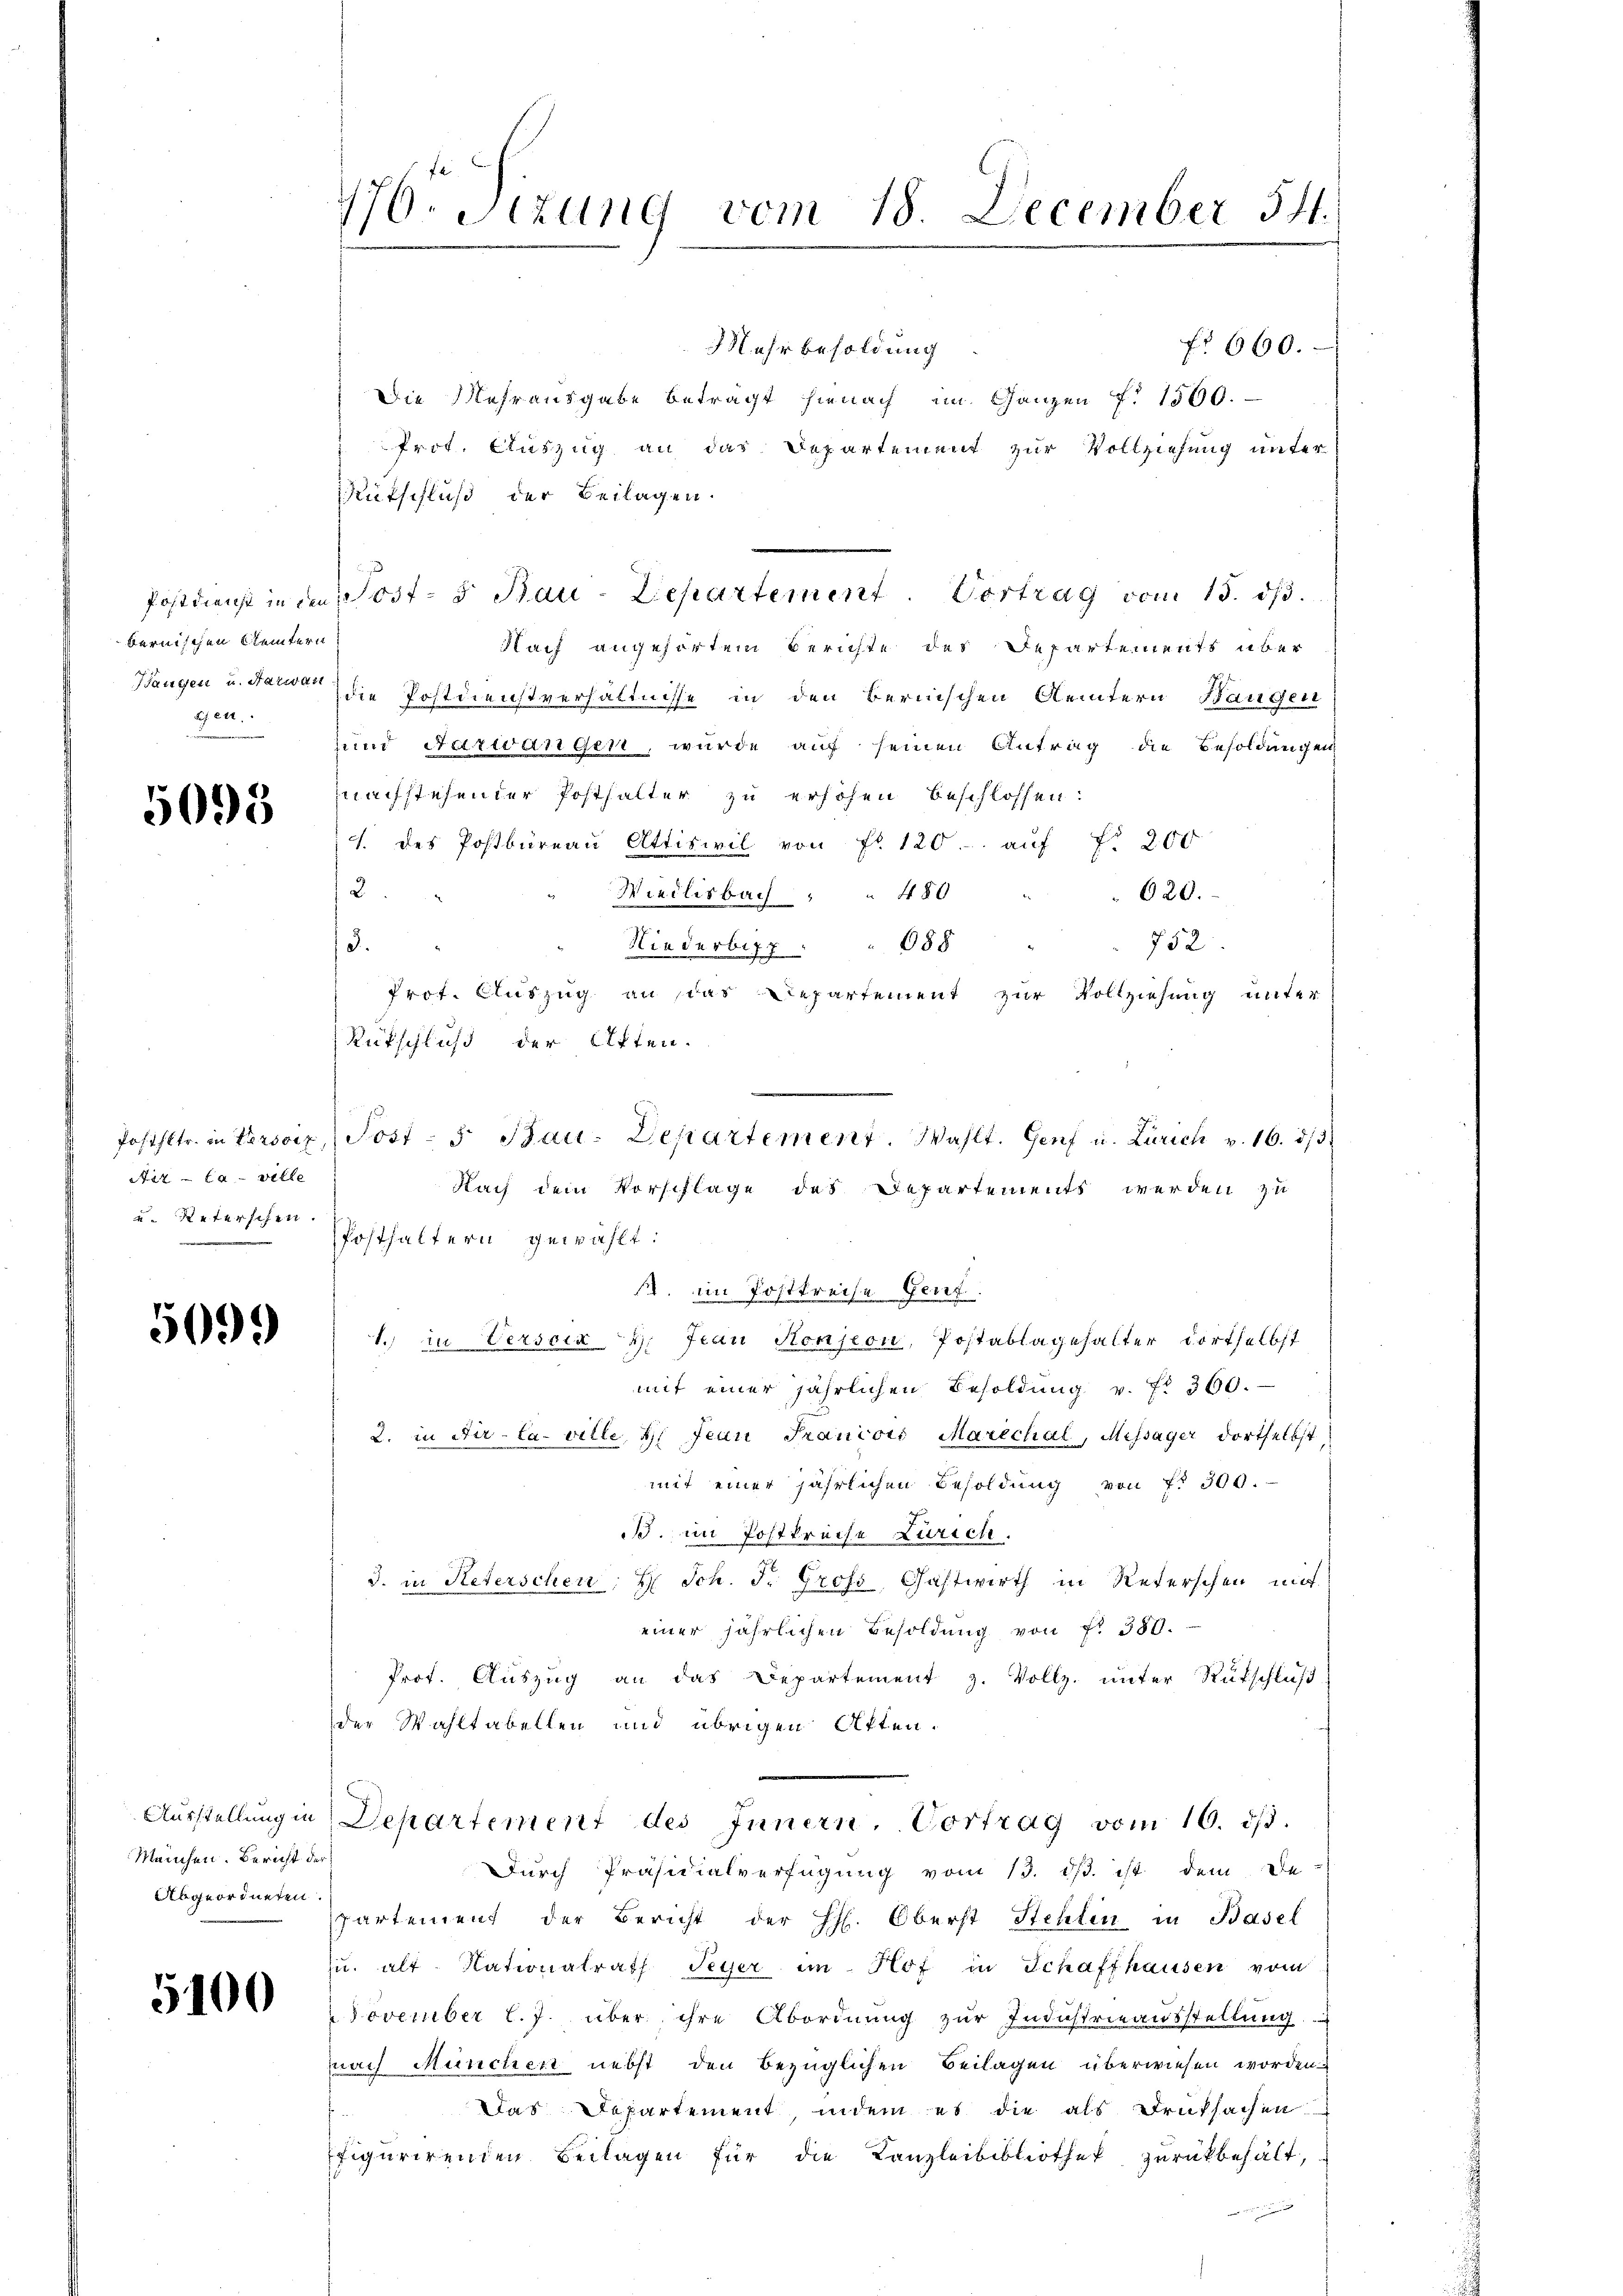
bernischen Kleintern
gen.

5095

22 la ville
 Reterschen.

5099

Manchen. Bericht der
Abgeordneten.

5100

176. Sizung vom 18. December 54.

o 660.
Mehr besoldung
Die Mehrausgabe betragt hienach im Ganzen f. 1500.
Prot. Auszug an das Departement zur Vollziehung unter
Rutschluß der Beilagen.
Nach angehörtem Berichte des Departements über
Hangen u. da die Postdienstverhältnisse in den Bernischen Aemtern Bangen
sund Aarwangen, wurde auf seinen Antrag die Besoldungen
nachstehender Posthalter zu erhöhen beschlossen:
J. des Postbüreaŭ Attiswil von fl. 120. aŭf fr 200
2
Wiedlisbach " " 480 " " 020.
3.
752
Hiederbes " " 688 "
Prot. Auszug an das Departement zur Vollziehung unter
Rückschluß der Atten.
Posthaltern gewählt:
. im Postkreise Genf.
1. in Verscia H: Frau Hension, Postablagehalter dortselbst
mit einer jährlichen Besoldung v. fr. 360.
2. in Dir - Caville, d. Jean Prancois Marechal, Missager dortselbst,
mit einer jährlichen Besoldung von fr 300.
B. im Postkreise Zürich.
3. in Neterschen; H. Joh. J. Gross, Gastwirth in Reterschen mit
einer jährlichen Besoldung von f. 380.
Prof. Aŭszŭg an das Departement z. Vollz. unter Rutschluß
der Wahltabellen und übrigen Atten.
Aŭsstellŭng in Departement des Innern. Vortrag vom 10. dβ.
Durch Präsidialverfügung vom 13. ds. ist dem De
partement der Bericht der H. Oberst Stehlen in Basel
u. alt Nationalrath Peyer im Hof in Schaffhausen vom
November l. J. über ihre Abordnung zur Industrieausstellung
nach München nebst den bezüglichen Beilagen überwiesen worden.
Das Departement, indem es die als Druksachen
figurirenden Beilagen für die Kanzleibibliothek zurückbehält,

Postdienst in den ost- & Bau-Departement. Vertrag vom 15. ds.

Posthltr. in Versoiz, Post- 5. Bau-Departement. Wahlt. Genf u. Zürich v. 16. 513.
Nach dem Vorschläge des Departements werden zu